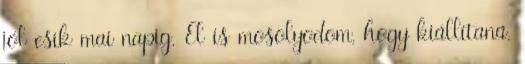
jól esik mai napig. El is mosolyodom, hogy kiállítaná.